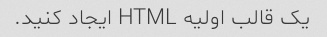
یک قالب اولیه HTML ایجاد کنید.